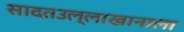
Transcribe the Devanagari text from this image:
सादतउल्लाखानाला